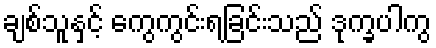
ချစ်သူနှင့် ကွေကွင်းရခြင်းသည် ဒုက္ခပါကွ